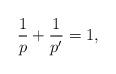
LaTeX: \begin{align*}\frac{1}{p}+\frac{1}{p'}=1,\end{align*}